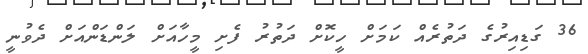
36 ގަޑިއިރުގެ ދަތުރެއް ކަމަށް ހީކޮށް ދަތުރު ފެށި މީހާއަށް ލަންޑަންއަށް ދެވުނީ